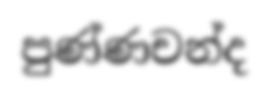
පුණ්ණචන්ද